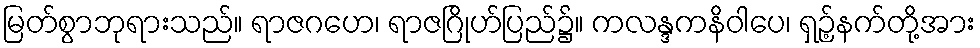
မြတ်စွာဘုရားသည်။ ရာဇဂဟေ၊ ရာဇဂြိုဟ်ပြည်၌။ ကလန္ဒကနိဝါပေ၊ ရှဉ့်နက်တို့အား